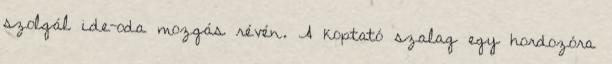
szolgál ide-oda mozgás révén. A koptató szalag egy hordozóra